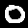
Digit: 0